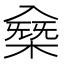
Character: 𠓸